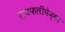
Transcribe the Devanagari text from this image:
रायफलींपेक्षा